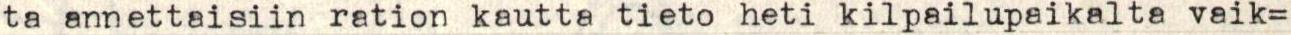
ta annettaisiin ration kautta tieto heti kilpailupaikalta vaik=